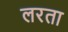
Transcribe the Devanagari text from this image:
लरता